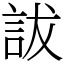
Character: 詙